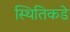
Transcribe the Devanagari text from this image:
स्थितिकडे